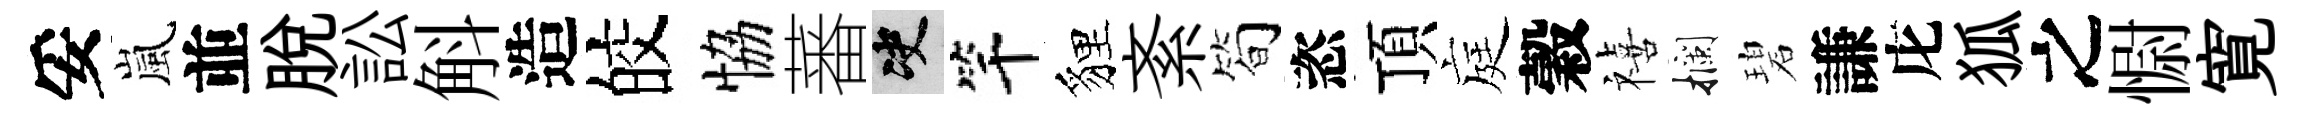
妥嵐並脱訟斛造皎恊蕃决竿貍紊简恣頂庭穀禧攔碧謙庀狐之𢠢寛